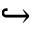
\hookrightarrow